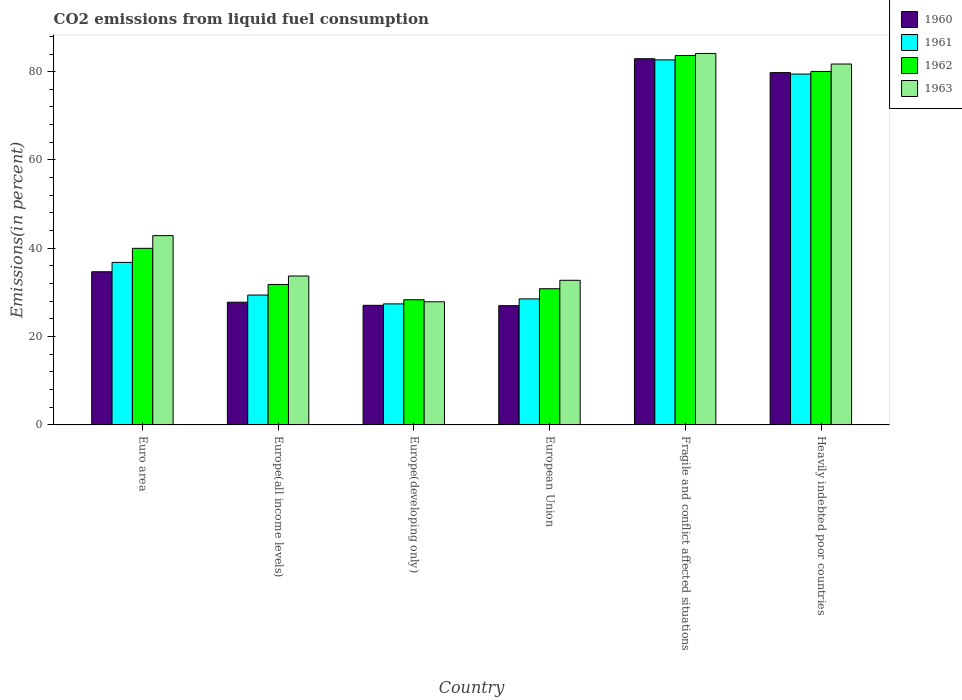
| Country | 1960 | 1961 | 1962 | 1963 |
 | --- | --- | --- | --- | --- |
 | Euro area | 34.7 | 36.8 | 40 | 42.9 |
 | Europe(all income levels) | 27.8 | 29.4 | 31.8 | 33.7 |
 | Europe(developing only) | 27.1 | 27.4 | 28.3 | 27.9 |
 | European Union | 27 | 28.5 | 30.8 | 32.8 |
 | Fragile and conflict affected situations | 82.9 | 82.7 | 83.7 | 84.1 |
 | Heavily indebted poor countries | 79.8 | 79.5 | 80.1 | 81.7 |